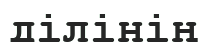
ділінің